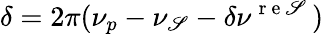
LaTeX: \delta=2\pi(\nu_{p}-\nu_{\mathscr{S}}-\delta\nu^{\mathrm{{~r~e~\mathscr{S}~}}})